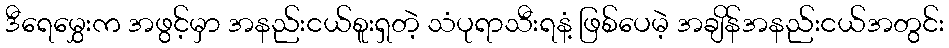
ဒီရေမွှေးက အဖွင့်မှာ အနည်းငယ်စူးရှတဲ့ သံပုရာသီးရနံ့ ဖြစ်ပေမဲ့ အချိန်အနည်းငယ်အတွင်း